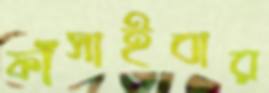
ফাঁসাইবার